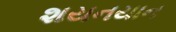
શયનયાન